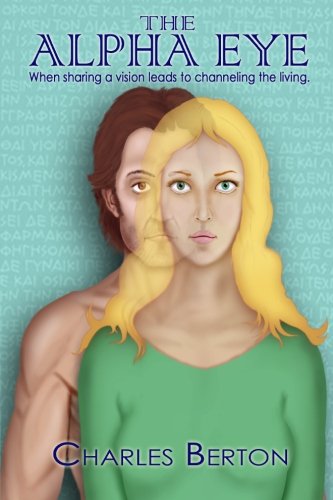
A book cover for The Alpha Eye: When sharing a vision leads to channeling the living.; Charles Berton; Literature & Fiction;